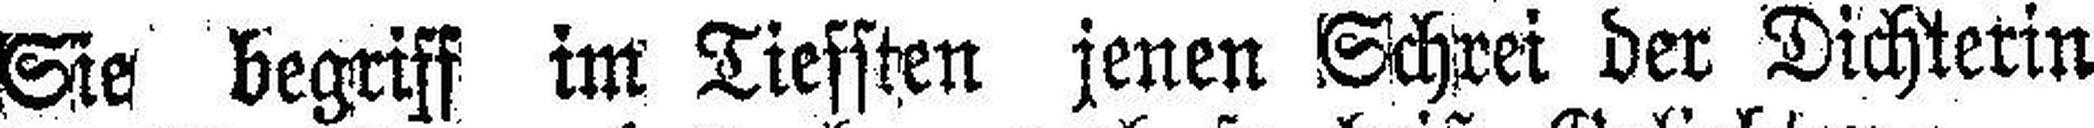
Sie begriff im Tiefsten jenen Schrei der Dichterin